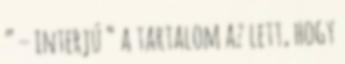
” – interjú “ a tartalom az lett, hogy